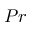
P r